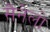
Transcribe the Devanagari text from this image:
सैनेलो